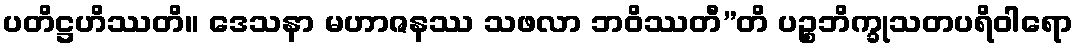
ပတိဋ္ဌဟိဿတိ။ ဒေသနာ မဟာဇနဿ သဖလာ ဘဝိဿတီ”တိ ပဉ္စဘိက္ခုသတပရိဝါရော